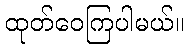
ထုတ်ဝေကြပါမယ်။